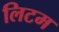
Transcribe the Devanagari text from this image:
लिटम